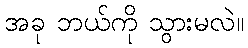
အခု ဘယ်ကို သွားမလဲ။